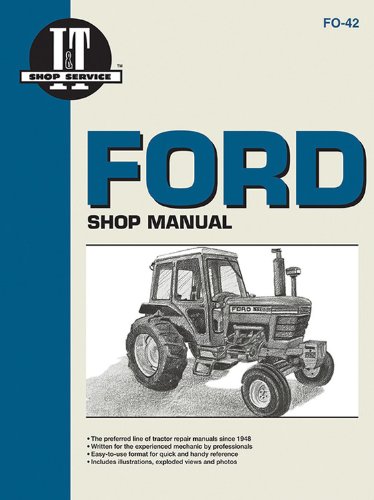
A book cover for Ford Shop Manual Series 5000, 5600, 5610, 6600, 6610, 6700, 6710, 7000, 7600, 7610, 7700, 7710 (Fo-42) (I & T Shop Service); Penton Staff; Science & Math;